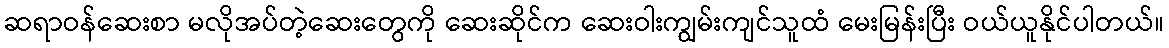
ဆရာဝန်ဆေးစာ မလိုအပ်တဲ့ဆေးတွေကို ဆေးဆိုင်က ဆေးဝါးကျွမ်းကျင်သူထံ မေးမြန်းပြီး ဝယ်ယူနိုင်ပါတယ်။